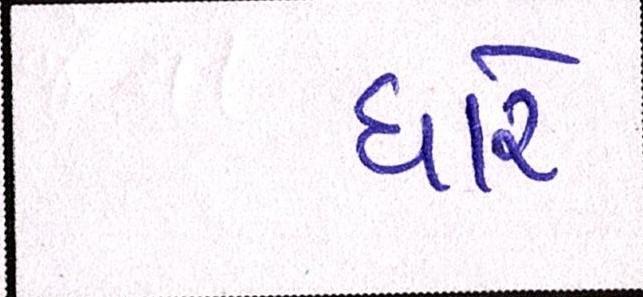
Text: ધારે